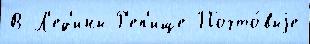
В Л'ед'ины Р'еп'ище Почто́выjе